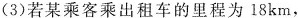
(3)若某乘客乘出租车的里程为18km，